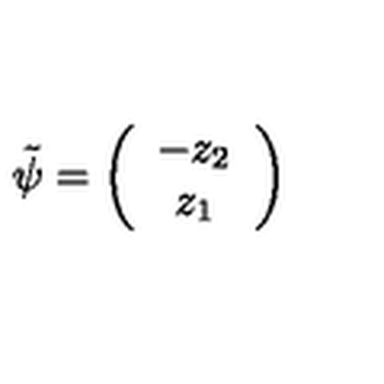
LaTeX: \tilde { \psi } = \left( \begin{array} { c } { - z _ { 2 } } \\ { z _ { 1 } } \\ \end{array} \right)